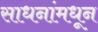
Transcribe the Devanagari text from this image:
साधनांमधून